画像に写った文字を読んでください
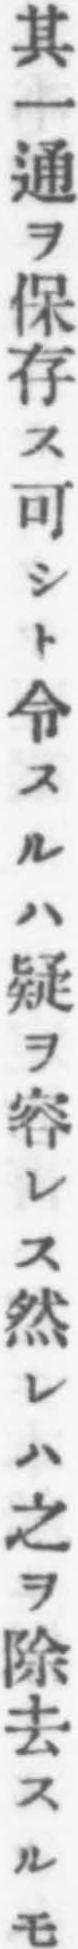
「其一通ヲ保存ス可シト令スルハ疑ヲ容レス然レハ之ヲ除去スルモ」と書いてあります